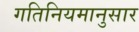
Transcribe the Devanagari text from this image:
गतिनियमानुसार